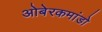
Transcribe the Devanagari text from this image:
ओबेरकमांडो